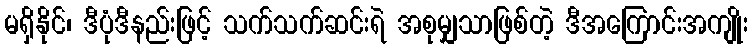
မရှိနိုင်၊ ဒီပုံဒီနည်းဖြင့် သက်သက်ဆင်းရဲ အစုမျှသာဖြစ်တဲ့ ဒီအကြောင်းအကျိုး